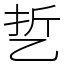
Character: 乴